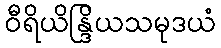
ဝီရိယိန္ဒြိယသမုဒယံ